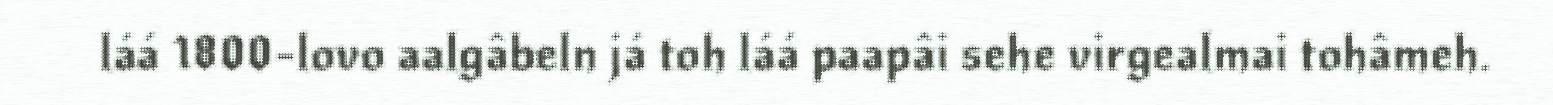
láá 1800-lovo aalgâbeln já toh láá paapâi sehe virgealmai tohâmeh.